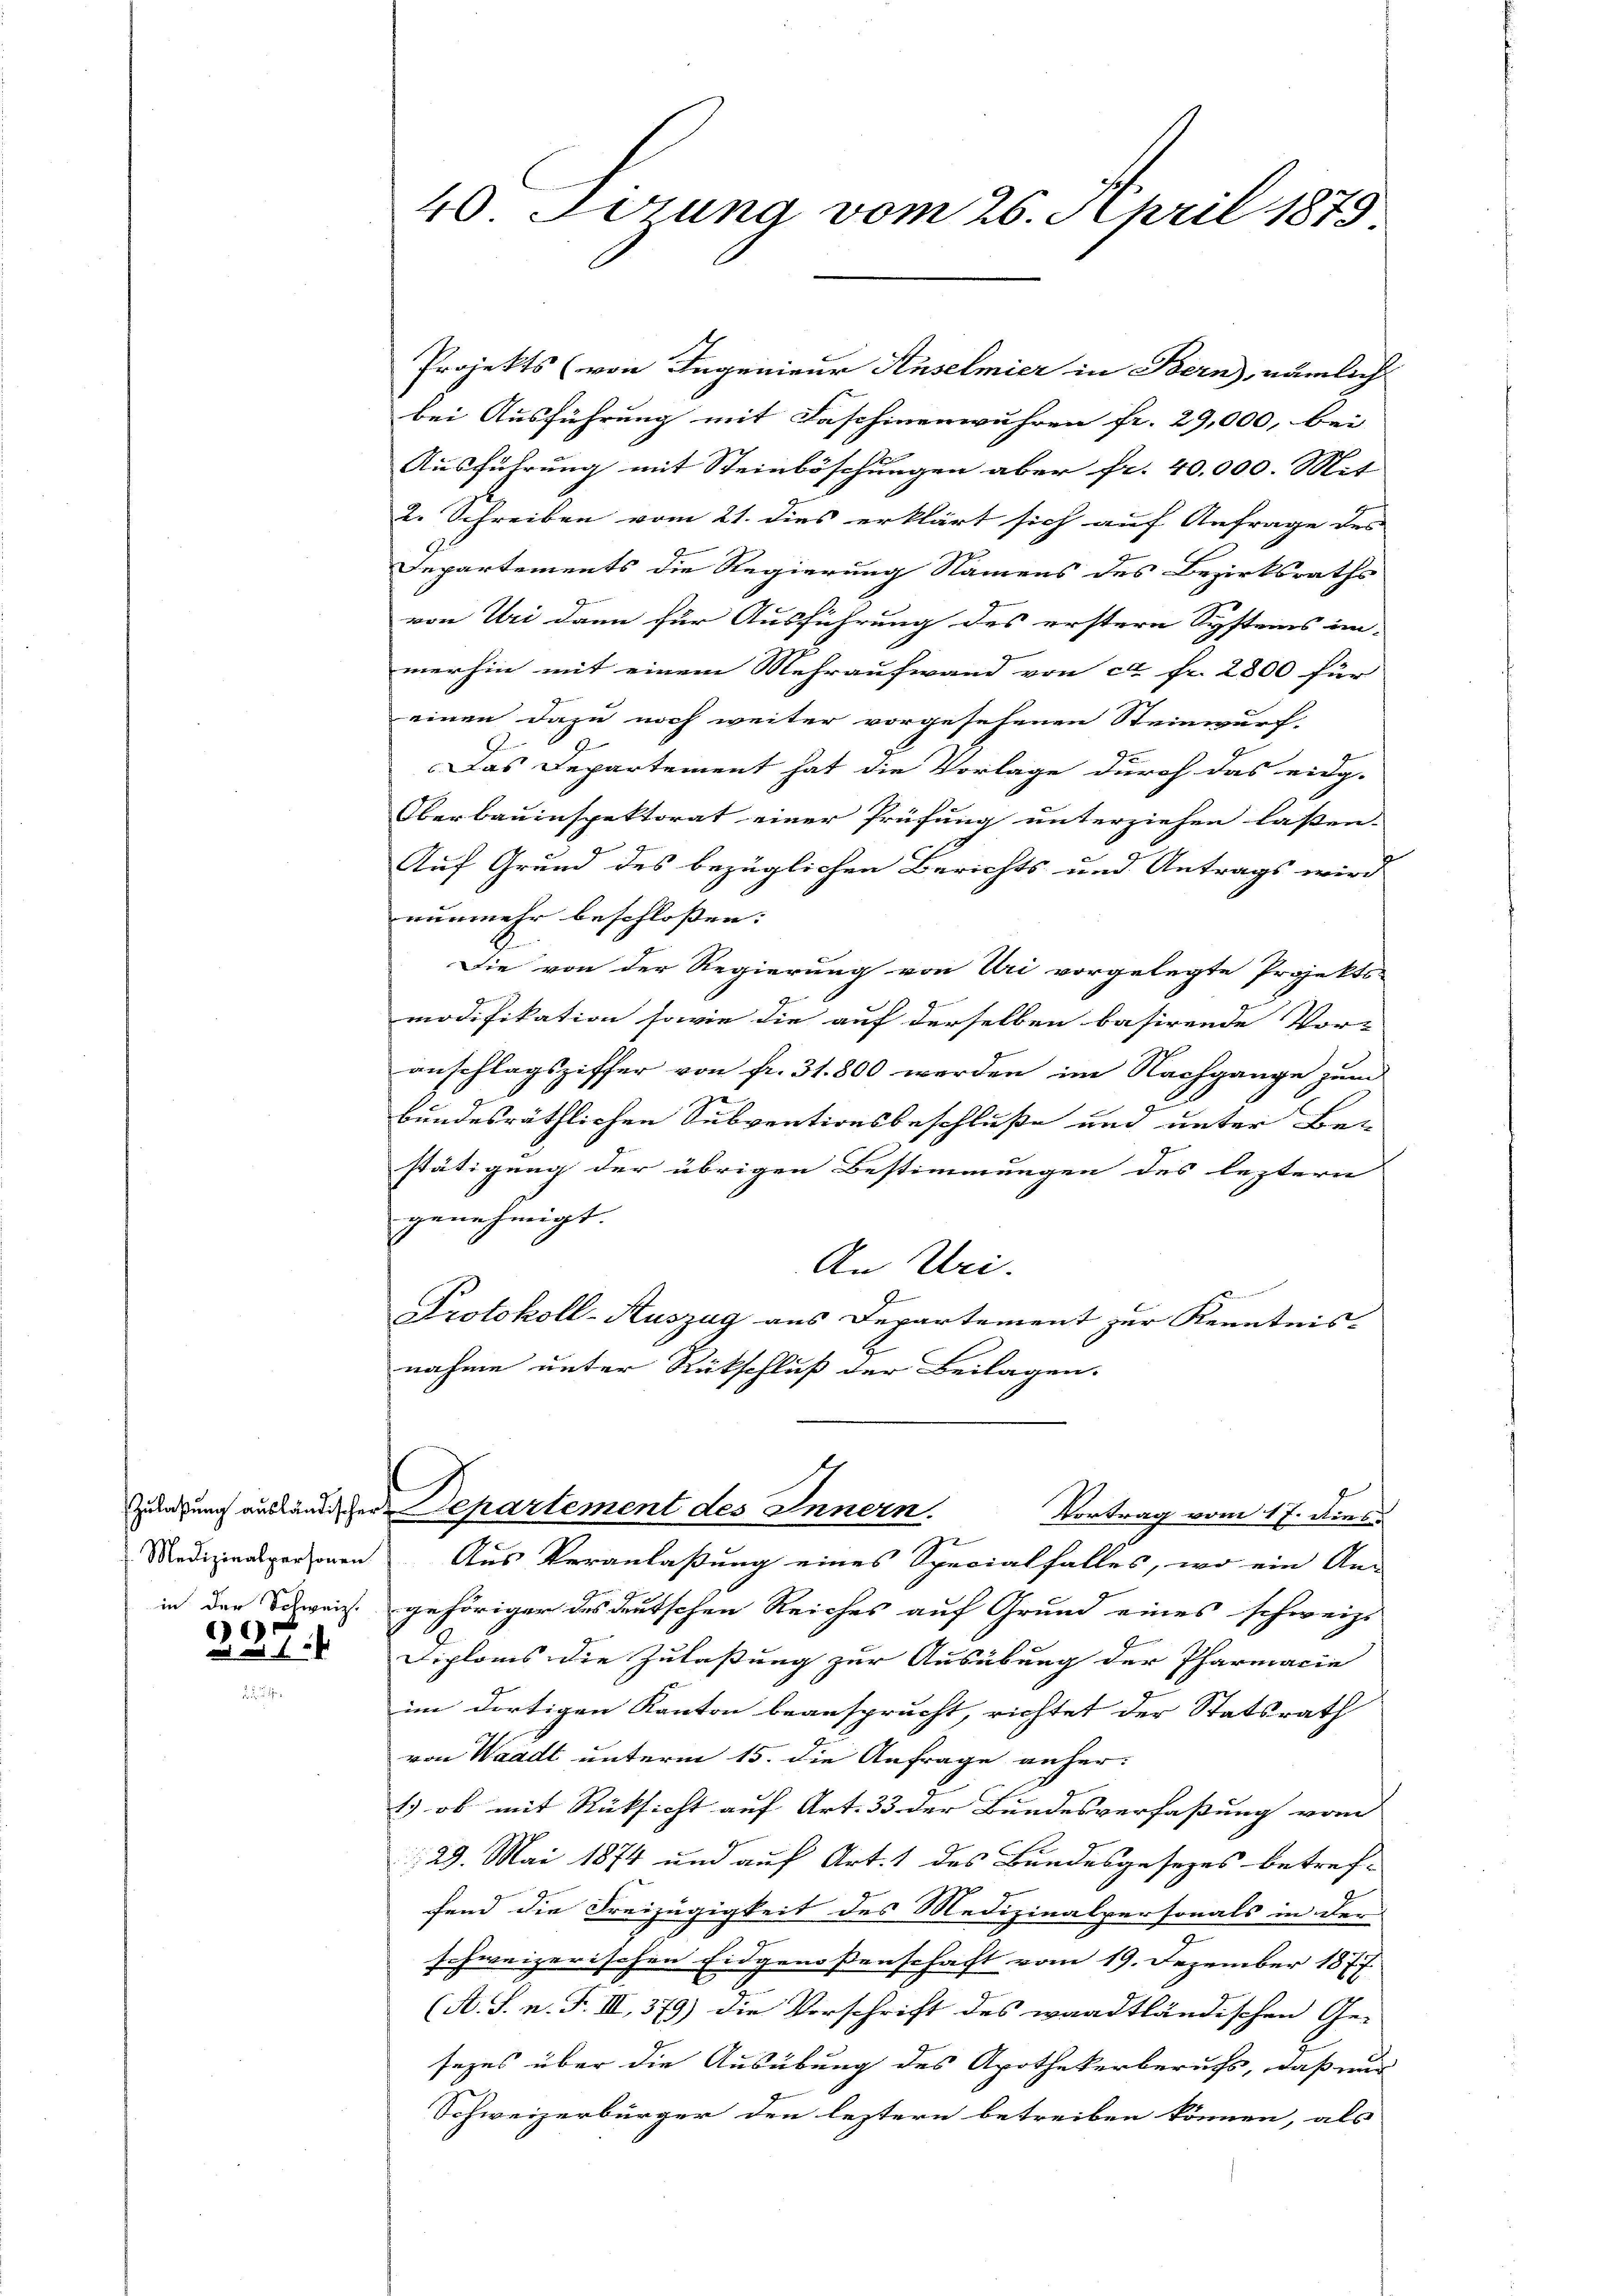
Medizinalpersonen
)

Projekts (von Ingenieur Anselmier in Bern, nämlich
bei Ausführung mit Faschinenwuhren fr. 29,000, bei
Ausführung mit Steinböschungen aber fr. 40,000. Mit
2. Schreiben vom 21. dies erklärt sich auf Anfrage des
Departements die Regierung Namens des Bezirksraths
von Uri dann für Ausführung des erstern Systems im-
merhin mit einem Mehraufwand von ca Fr. 2800 für
einen dazu noch weiter vorgesehenen Steinwurf.
Das Departement hat die Vorlage durch das eidg-
Oberbauinspektorat einer Prüfung unterziehen lassen. |
Auf Grund des bezüglichen Berichts und Antrags wird
nunmehr beschlossen: |
.
Die von der Regierung von Uri vorgelegte Projekts
modifikation sowie die auf derselben basirende Vor-
anschlagsziffer von fr. 31. 800 werden im Nachgange zum
bundesräthlichen Subventionsbeschluße und unter Be-
stätigung der übrigen Bestimmungen des leztern
genehmigt.
An Uri.
d
Protokoll-Auszug aus Departement zur Kenntnis-
nahme unter Rückschluß der Beilagen.

40 Sörung vom 26. April 1879.

Zulagung ausländischer Departement des Innern.
Vortrag vom 17. Dies
z
Aus Veranlaßung eines Specialfalles, wo ein An-
in der Schweiz gehöriger des deutschen Reiches auf Grund eines schweiz.
Diploms die Zulaßung zur Ausübung der Pharmacie
im dortigen Kanton beansprucht, richtet der Statsrath
von Waadt unterm 15. die Anfrage anher¬
1) ob mit Rücksicht auf Art. 33 der Bundesverfaßung vom
129. Mai 1874 und auf Art. 1 des Bundesgesezes betref-
fend die Freizügigkeit des Medizinalpersonals in der
schweizerischen Eidgenossenschaft vom 19. Dezember 1877
(A. S. n. F. III, 379) die Vorschrift des waadtländischen Ge-
sezes über die Ausübung des Apothekerberufs, daß nur
Schweizerbürger den leztern betreiben können, als